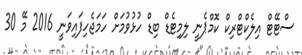
ސްޓޭޓް އިލެކްޓްރިކް ކޮމްޕެނީ ލިމިޓެޑް ބިޑް ހުޅުވުމަށް ހަމަޖެހިފައިވަނީ 2016 މޭ 30